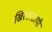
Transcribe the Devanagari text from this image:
ख्रिस्ताठायी